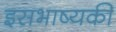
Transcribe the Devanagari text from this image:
इसभाष्यकी